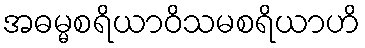
အဓမ္မစရိယာဝိသမစရိယာဟိ